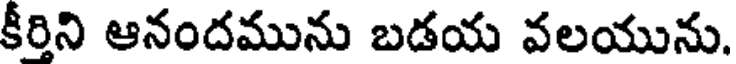
కీరిని ఆనందమును బడయ వలయును.